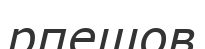
рпешов